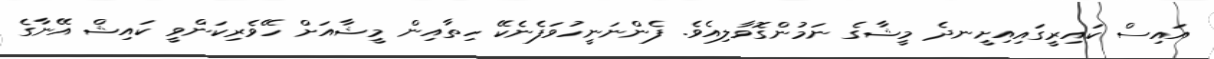
އައިސް ކައިރީގައިއިށީނދެ މީޝާގެ ނަމުންގޮވާލިއެވެ. ފެންނަނީހުވަފެނެކޭ ހިތާއިން މީޝާއަށް ހޭވެރިކަންވީ ކައިޝް އޭނާގެ